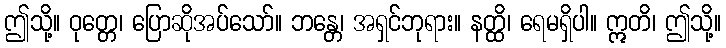
ဤသို့။ ဝုတ္တေ၊ ပြောဆိုအပ်သော်။ ဘန္တေ၊ အရှင်ဘုရား။ နတ္ထိ၊ ရေမရှိပါ။ ဣတိ၊ ဤသို့။